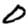
Digit: 0